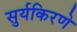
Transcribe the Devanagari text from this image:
सुर्यकिरणे